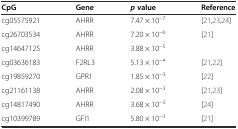
<table><thead><tr><td><b>CpG</b></td><td><b>Gene</b></td><td><b><i>p</i>value</b></td><td><b>Reference</b></td></tr></thead><tbody><tr><td>cg05575921</td><td>AHRR</td><td>7.47 × 10<sup>−7</sup></td><td>[21,23,24]</td></tr><tr><td>cg26703534</td><td>AHRR</td><td>7.20 × 10<sup>−6</sup></td><td>[21]</td></tr><tr><td>cg14647125</td><td>AHRR</td><td>3.88 × 10<sup>−5</sup></td><td></td></tr><tr><td>cg03636183</td><td>F2RL3</td><td>5.13 × 10<sup>−4</sup></td><td>[21,22]</td></tr><tr><td>cg19859270</td><td>GPR1</td><td>1.85 × 10<sup>−3</sup></td><td>[22]</td></tr><tr><td>cg21161138</td><td>AHRR</td><td>2.08 × 10<sup>−3</sup></td><td>[21,23]</td></tr><tr><td>cg14817490</td><td>AHRR</td><td>3.68 × 10<sup>−3</sup></td><td>[24]</td></tr><tr><td>cg10399789</td><td>GFI1</td><td>5.80 × 10<sup>−3</sup></td><td>[21]</td></tr></tbody></table>